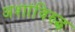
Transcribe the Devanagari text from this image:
अशांविरुद्ध